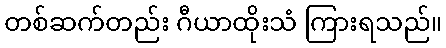
တစ်ဆက်တည်း ဂီယာထိုးသံ ကြားရသည်။